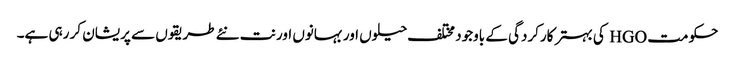
حکومت HGO کی بہتر کارکردگی کے باوجود مختلف حیلوں اور بہانوں اور نت نئے طریقوں سے پریشان کر رہی ہے۔